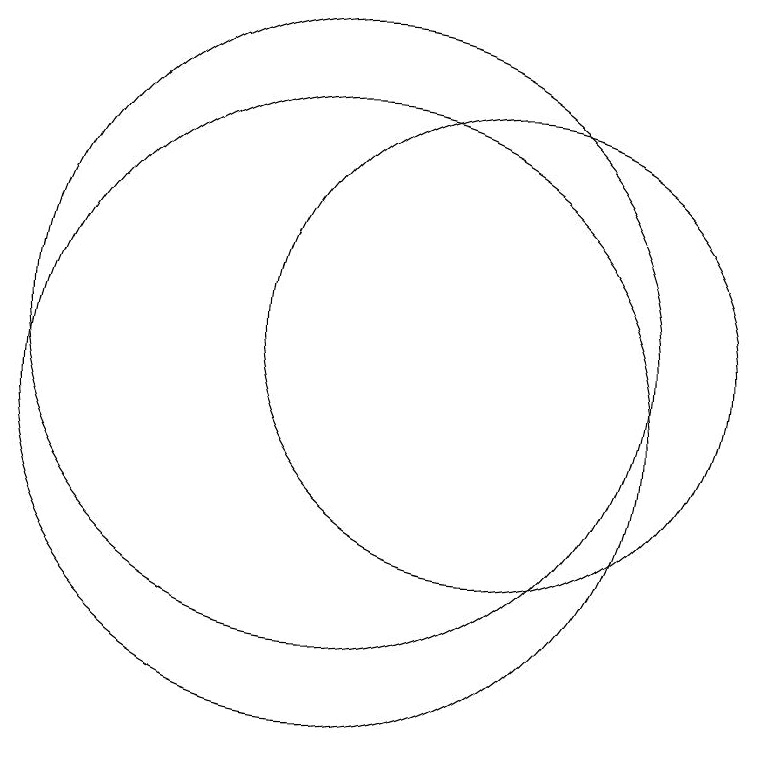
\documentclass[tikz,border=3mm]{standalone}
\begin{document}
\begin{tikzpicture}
\draw (12,12) circle (3);
\draw (10,12) circle (4);
\draw (10,11) circle (4);
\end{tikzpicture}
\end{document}